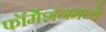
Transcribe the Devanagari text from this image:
फॉर्मेशनमध्ये